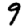
Digit: 9